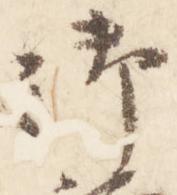
御